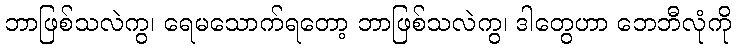
ဘာဖြစ်သလဲကွ၊ ရေမသောက်ရတော့ ဘာဖြစ်သလဲကွ၊ ဒါတွေဟာ ဘေဘီလုံကို